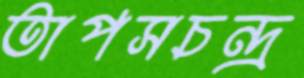
তাপসচন্দ্র